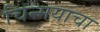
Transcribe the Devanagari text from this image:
चिन्मयाचा